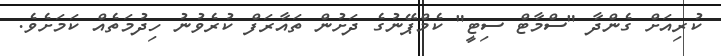
ކުރިއަށް ގެންދާ "ސްމާޓް ސިޓީ" ކެމްޕޭނުގެ ދަށުން ތައާރަފް ކުރެވުނު ހިދުމަތެއް ކަމަށެވެ.